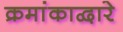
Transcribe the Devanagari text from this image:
क्रमांकाद्वारे